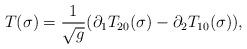
LaTeX: \begin{align*}T(\sigma)=\frac{1}{\sqrt{g}}(\partial_1T_{20}(\sigma) - \partial_2T_{10}(\sigma)),\end{align*}